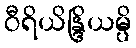
ဝီရိယိန္ဒြိယမ္ပိ